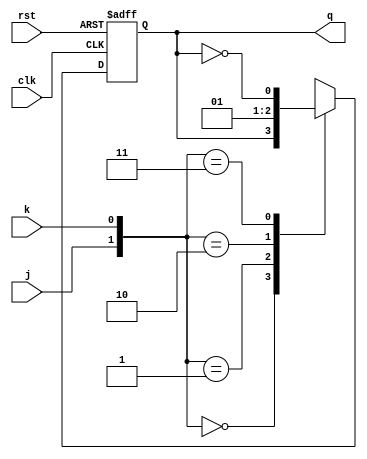

module jkff(j,k,clk,rst,q);
  input j,k,clk,rst;
  output reg q;
  always @ (posedge clk,posedge rst)
    begin
      if(rst)
        q <= 0;
      else
        begin
          case ({j,k})
            2'b00 : q <= q;
            2'b01 : q <= 0;
            2'b10 : q <= 1;
            2'b11 : q <= ~q;
            default : q<=0;
          endcase 
        end
    end
endmodule